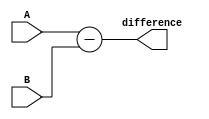
module subtractor (
  input signed [7:0] A,
  input signed [7:0] B,
  output reg signed [7:0] difference
);

reg signed [7:0] extended_A;
reg signed [7:0] extended_B;
reg signed [7:0] abs_diff;

always @(A, B) begin
  if (A[7] == 1) begin
    extended_A = {8'b11111111, A};
  end else begin
    extended_A = A;
  end
  
  if (B[7] == 1) begin
    extended_B = {8'b11111111, B};
  end else begin
    extended_B = B;
  end
  
  abs_diff = extended_A - extended_B;
  
  if (abs_diff[7] == 1) begin
    difference = {8'b11111111, abs_diff};
  end else begin
    difference = abs_diff;
  end
end

endmodule